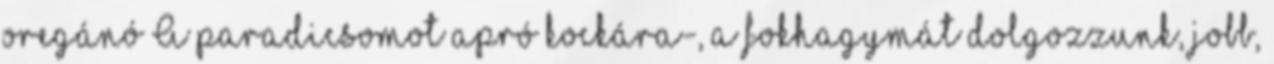
oregánó A paradicsomot apró kockára-, a fokhagymát dolgozzunk, jobb,